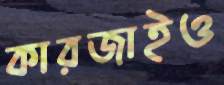
কারজাইও